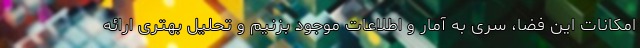
امکانات این فضا، سری به آمار و اطلاعات موجود بزنیم و تحلیل بهتری ارائه